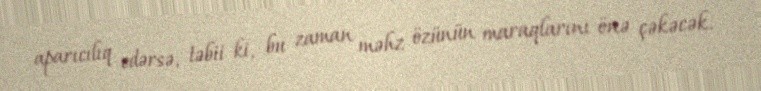
aparıcılıq edərsə, təbii ki, bu zaman məhz özünün maraqlarını önə çəkəcək.